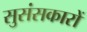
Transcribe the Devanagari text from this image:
सुसंसकारों